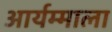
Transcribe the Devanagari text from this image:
आर्यम्माला